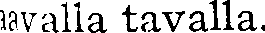
aavalla tavalla.